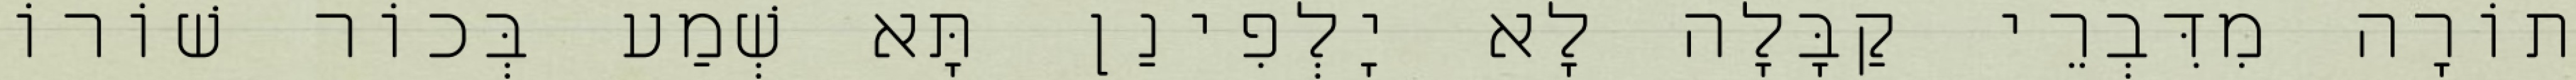
תוֹרָה מִדִּבְרֵי קַבָּלָה לָא יָלְפִינַן תָּא שְׁמַע בְּכוֹר שׁוֹרוֹ